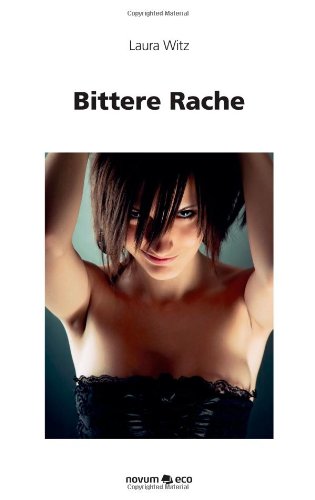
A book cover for Bittere Rache: FÃ¼hlst Du Sie? (German Edition); Laura Witz; Crafts, Hobbies & Home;